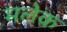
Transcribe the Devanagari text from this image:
मलेक